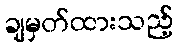
ချမှတ်ထားသည့်